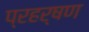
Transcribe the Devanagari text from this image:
प्रहर्षण